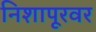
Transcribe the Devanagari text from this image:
निशापूरवर